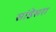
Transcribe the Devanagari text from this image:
सांडेसरा